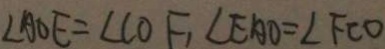
\angle A O E = \angle C O F , \angle E A O = \angle F C O